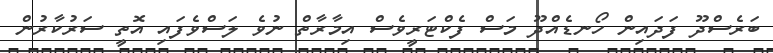
ބަރެސްދޫ ފަދައިން ހޯނޑެއްދޫ މަސް ފެކްޓަރީވެސް އިމާރާތް ނުވެ ލަސްވެފައި އޮތީ ސަރުކާރުން